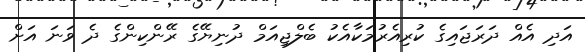
އަދި އެއް ދަރަޖައިގެ ކުރިއެރުމަކާއެކު ބެލްޖިއަމް ދުނިޔޭގެ ރޭންކިންގެ ދެ ވަނަ އަށް